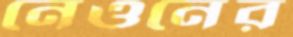
নেওনের